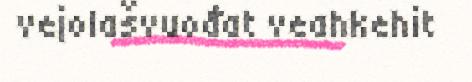
vejolašvuođat veahkehit